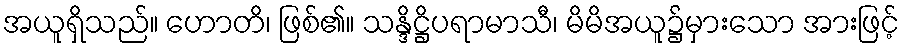
အယူရှိသည်။ ဟောတိ၊ ဖြစ်၏။ သန္ဒိဋ္ဌိပရာမာသီ၊ မိမိအယူ၌မှားသော အားဖြင့်